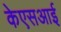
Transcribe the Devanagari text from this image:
केएसआई